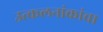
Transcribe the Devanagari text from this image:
उत्कलनांकांचा